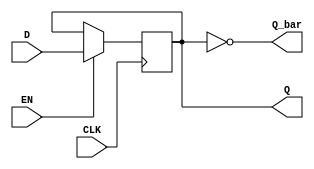
module edge_triggered_gated_latch (
    input wire D,      // Data input
    input wire CLK,    // Clock signal
    input wire EN,     // Enable signal
    output reg Q,      // Output
    output wire Q_bar  // Complement of output
);

// Complement of Q
assign Q_bar = ~Q;

// Always block to implement the edge-triggered behavior
always @(posedge CLK) begin
    if (EN) begin
        Q <= D;  // Capture the value of D on the rising edge of CLK when EN is high
    end
    // If EN is low, Q retains its previous value
end

endmodule